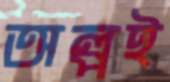
অল্পই